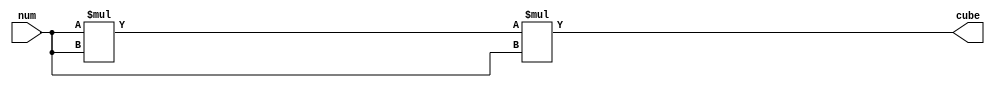
`timescale 1ns / 1ps
//////////////////////////////////////////////////////////////////////////////////
// Company: 
// Engineer: 
// 
// Design Name: 
// Module Name: cubenormal
// Project Name: 
// Target Devices: 
// Tool Versions: 
// Description: 
// 
// Dependencies: 
// 
// Revision:
// Revision 0.01 - File Created
// Additional Comments:
// 
//////////////////////////////////////////////////////////////////////////////////

module cubenormal(
    input  [31:0] num,
    output [31:0] cube
);
reg [63:0] add_data;
always @ (num) begin
    add_data = num * num * num;
end
assign cube = add_data[31:0];
endmodule